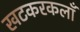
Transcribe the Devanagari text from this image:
खटकरकलाँ